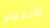
الأنضمام